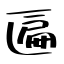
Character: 匾